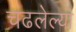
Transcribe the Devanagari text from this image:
चढलेल्या